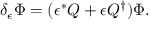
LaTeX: \delta _ { \epsilon } \Phi = ( \epsilon ^ { * } Q + \epsilon Q ^ { \dagger } ) \Phi .